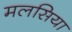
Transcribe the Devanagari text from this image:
मलसिया